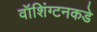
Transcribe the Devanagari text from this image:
वॉशिंग्टनकडे